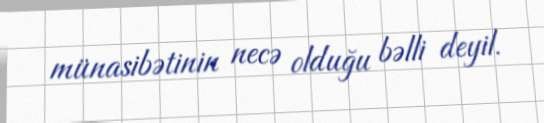
münasibətinin necə olduğu bəlli deyil.